Report on the working of the Ranchi Indian Mental Hospital, Kanke, in Bihar and Orissa - 1930-1940
Year: 1930
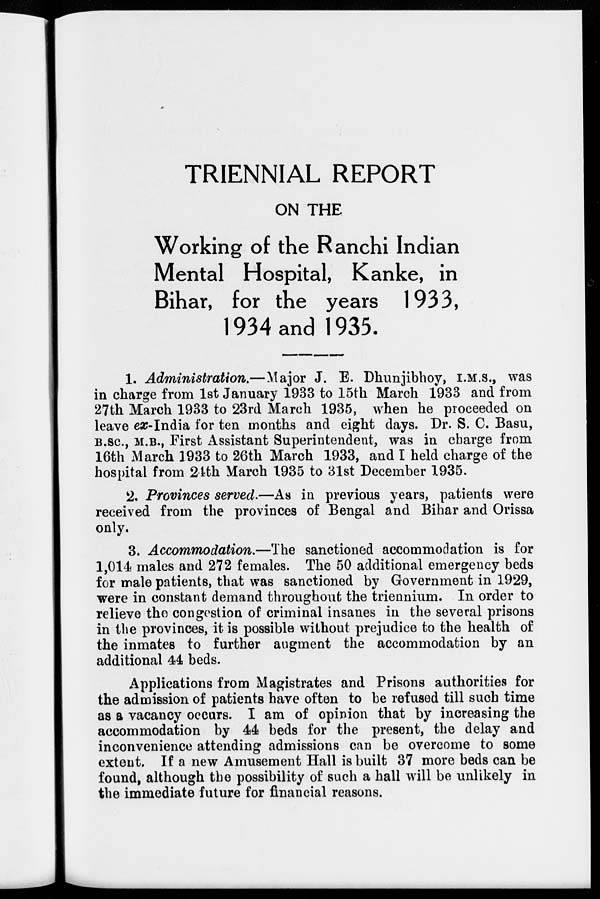
TRIENNIAL REPORT
ON THE
Working of the Ranchi Indian
Mental Hospital, Kanke, in
Bihar, for the years 1933,
1934 and 1935.
1. Administration.—Major J. E. Dhunjibhoy, I.M.S., was
in charge from 1st January 1933 to 15th March 1933 and from
27th March 1933 to 23rd March 1935, when he proceeded on
leave ex-India for ten months and eight days. Dr. S. C. Basu,
B.SC., M.B., First Assistant Superintendent, was in charge from
16th March 1933 to 26th March 1933, and I held charge of the
hospital from 24th March 1935 to 31st December 1935.
2. Provinces served.—As in previous years, patients were
received from the provinces of Bengal and Bihar and Orissa
only.
3. Accommodation.—The sanctioned accommodation is for
1,014 males and 272 females. The 50 additional emergency beds
for male patients, that was sanctioned by Government in 1929,
were in constant demand throughout the triennium. In order to
relieve the congestion of criminal insanes in the several prisons
in the provinces, it is possible without prejudice to the health of
the inmates to further augment the accommodation by an
additional 44 beds.
Applications from Magistrates and Prisons authorities for
the admission of patients have often to be refused till such time
as a vacancy occurs. I am of opinion that by increasing the
accommodation by 44 beds for the present, the delay and
inconvenience attending admissions can be overcome to some
extent. If a new Amusement Hall is built 37 more beds can be
found, although the possibility of such a hall will be unlikely in
the immediate future for financial reasons.